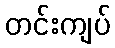
တင်းကျပ်